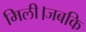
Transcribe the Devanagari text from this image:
मिली।जबकि